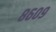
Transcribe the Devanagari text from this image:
८६०९